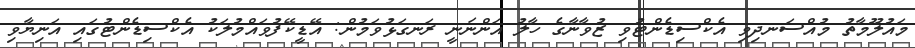
މައުލޫމާތު މުއްސަނދިވި އެކްސިޑެންޓުވި ޒުވާނާގެ ހާލު އަންނަނީ ރަނގަޅުވަމުން: އޭޑީކޭފުވައްމުލަކު އެކްސިޑެންޓުގައި އަނިޔާވި